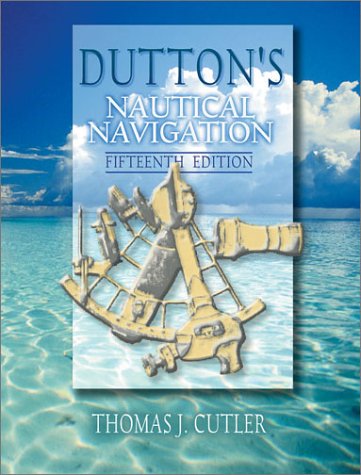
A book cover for Dutton's Nautical Navigation, 15th Edition; Thomas J. Cutler; Engineering & Transportation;